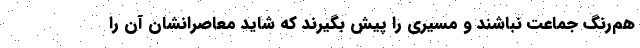
هم‌رنگ جماعت نباشند و مسیری را پیش بگیرند که شاید معاصرانشان آن را